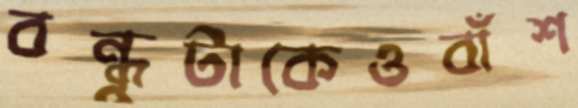
বন্ধুটাকেওবাঁশ